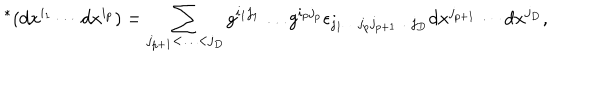
LaTeX: { } ^ { * } ( d x ^ { i _ { 1 } } \cdots d x ^ { i _ { p } } ) = \sum _ { j _ { p + 1 } < \ldots < j _ { D } } g ^ { i _ { 1 } j _ { 1 } } \ldots g ^ { i _ { p } j _ { p } } \epsilon _ { j _ { 1 } \ldots j _ { p } j _ { p + 1 } \ldots j _ { D } } d x ^ { j _ { p + 1 } } \cdots d x ^ { j _ { D } } ,